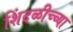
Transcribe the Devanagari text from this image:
शिंदळीच्च्या